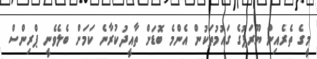
މީގެ ތެރެއިން ޔޫރަޕުގެ ގައުމުތަކުން އެންމެ ބޮޑަށް ތާއީދުކުރާނެ ކަމަށް ބެލެވެނީ ޕްރިންސް